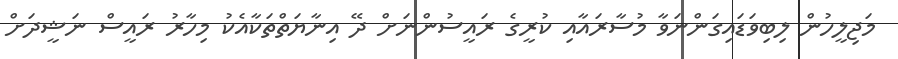
މަޖިލީހުން ލިބިވަޑައިގަންނަވާ މުސާރައާއި ކުރީގެ ރައީސުންނަށް ދޭ އިނާޔަތްތަކާއެކު މިހާރު ރައީސް ނަޝީދަށް